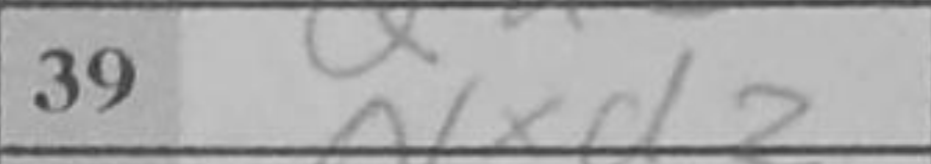
Transcription: Nxd2